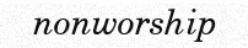
nonworship